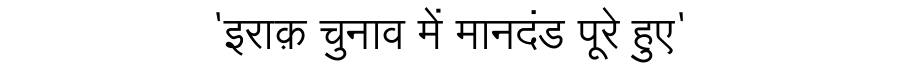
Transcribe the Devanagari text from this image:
'इराक़ चुनाव में मानदंड पूरे हुए'